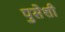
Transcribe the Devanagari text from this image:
पुसेशी